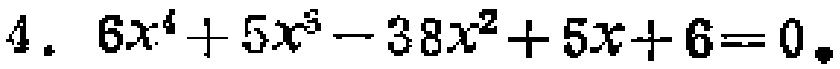
$4. \ 6x^{4}+5x^{3}-38x^{2}+5x + 6 = 0.$